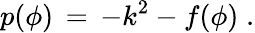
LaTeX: p(\phi)\, =\, -k^{2}-f(\phi)\; .